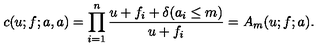
c ( u ; f ; a , a ) = \prod _ { i = 1 } ^ { n } \frac { u + f _ { i } + \delta ( a _ { i } \leq m ) } { u + f _ { i } } = A _ { m } ( u ; f ; a ) .